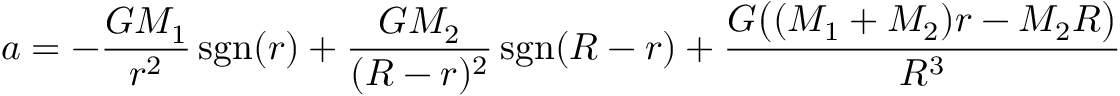
a = - { \frac { G M _ { 1 } } { r ^ { 2 } } } \operatorname { s g n } ( r ) + { \frac { G M _ { 2 } } { ( R - r ) ^ { 2 } } } \operatorname { s g n } ( R - r ) + { \frac { G { \bigl ( } ( M _ { 1 } + M _ { 2 } ) r - M _ { 2 } R { \bigr ) } } { R ^ { 3 } } }